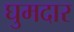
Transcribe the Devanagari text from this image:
घुमदार